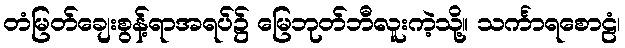
တံမြတ်ချေးစွန့်ရာအရပ်၌ မြေဘုတ်ဘီလူးကဲ့သို့။ သင်္ကာရစောဠံ၊